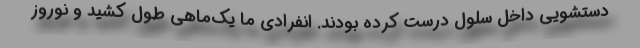
دستشویی داخل سلول درست كرده بودند. انفرادی ما یك‌ماهی طول كشید و نوروز